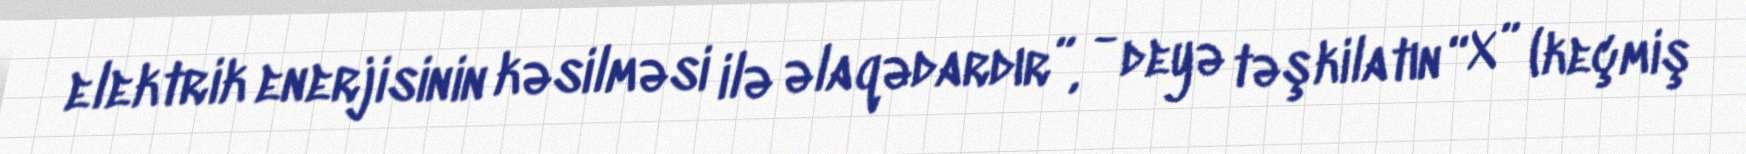
elektrik enerjisinin kəsilməsi ilə əlaqədardır”, - deyə təşkilatın “X” (keçmiş